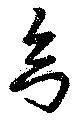
幻